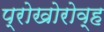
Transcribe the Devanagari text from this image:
प्रोखोरोव्ह